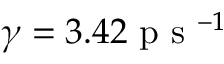
\gamma = 3 . 4 2 \mathrm { ~ p ~ s ~ } ^ { - 1 }